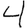
Digit: 4